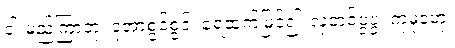
ငါးမည်ကြာတုံ၊ ငုံအာစွင့်စွင့်၊ ရေထက်မြင့်၍၊ လှတင့်ပွပွ၊ ကုမုဒဟု၊